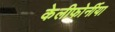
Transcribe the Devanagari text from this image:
केलीफोर्नीया